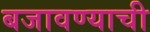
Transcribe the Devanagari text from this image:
बजावण्याची